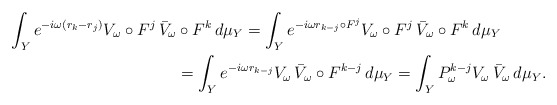
\begin{align*}\int_Y e^{-i\omega(r_k-r_j)}V_{\omega}\circ F^j\,\bar V_{\omega} & \circ F^k\,d\mu_Y = \int_Y e^{-i\omega r_{k-j}\circ F^j}V_{\omega}\circ F^j\,\bar V_{\omega}\circ F^k\,d\mu_Y \\ & =\int_Y e^{-i\omega r_{k-j}}V_{\omega}\,\bar V_{\omega}\circ F^{k-j}\,d\mu_Y =\int_Y P_\omega^{k-j}V_{\omega}\,\bar V_{\omega}\,d\mu_Y. \end{align*}